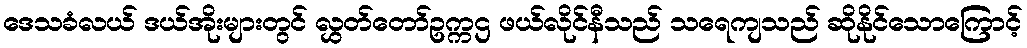
ဒေသခံလယ် ဒယ်အိုးများတွင် လွှတ်တော်ဥက္ကဌ ဖယ်လိုင်နီသည် သရေကျသည် ဆိုနိုင်သောကြောင့်